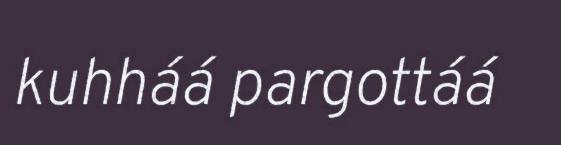
kuhháá pargottáá